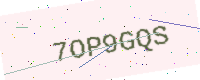
Text: 7OP9GQS